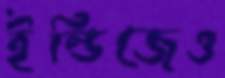
ইন্ডিজেও